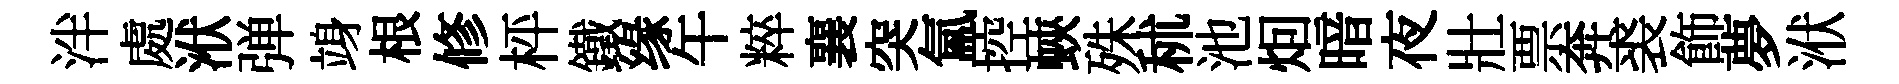
泮處洑弹竧根修枰鐵缘午粹襄突氳控蛺殊秫池𤇆暗夜壯票奔裘飾夢洑